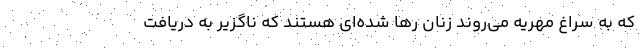
که به سراغ مهریه می‌روند زنان رها شده‌ای هستند که ناگزیر به دریافت